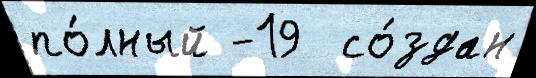
по́лный -19  со́здан